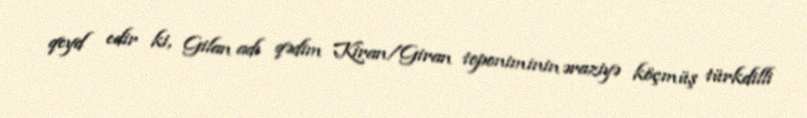
qeyd edir ki, Gilan adı qədim Kiran/Giran toponiminin əraziyə köçmüş türkdilli